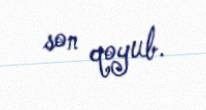
son qoyub.